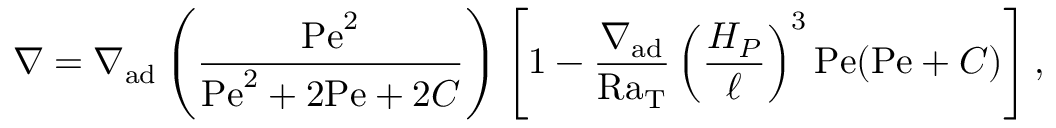
\nabla = \nabla _ { \mathrm { a d } } \left( { \frac { \mathrm { P e } ^ { 2 } } { \mathrm { P e } ^ { 2 } + 2 \mathrm { P e } + 2 C } } \right) \left[ 1 - { \frac { \nabla _ { \mathrm { a d } } } { \mathrm { R a _ { T } } } } \left( { \frac { H _ { P } } { \ell } } \right) ^ { 3 } \mathrm { P e } ( \mathrm { P e } + C ) \right] ,